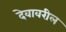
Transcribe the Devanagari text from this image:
देवावरील